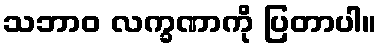
သဘာဝ လက္ခဏာကို ပြတာပါ။